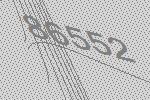
86552